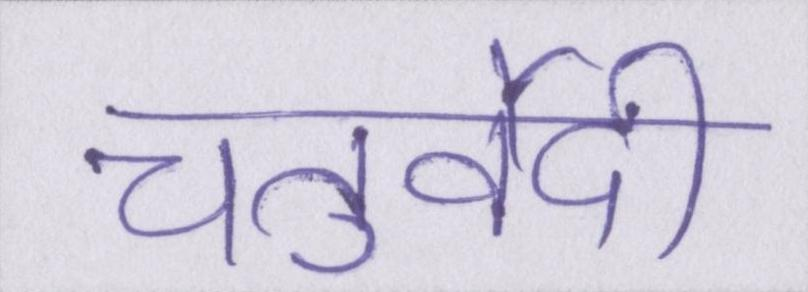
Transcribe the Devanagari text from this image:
चतुर्वेदी